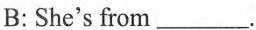
B: She's from___.